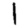
Digit: 1